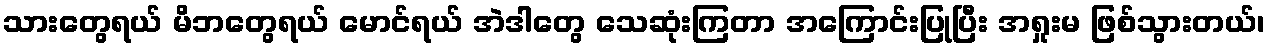
သားတွေရယ် မိဘတွေရယ် မောင်ရယ် အဲဒါတွေ သေဆုံးကြတာ အကြောင်းပြုပြီး အရှုးမ ဖြစ်သွားတယ်၊